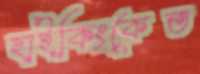
হাইকিংকেত